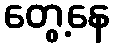
တွေ့နေ